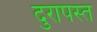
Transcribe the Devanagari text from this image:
दुरापस्त